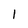
Character: l